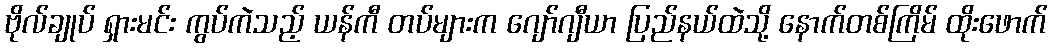
ဗိုလ်ချုပ် ရှားမင်း ကွပ်ကဲသည့် ယန်ကီ တပ်များက ဂျော်ဂျီယာ ပြည်နယ်ထဲသို့ နောက်တစ်ကြိမ် ထိုးဖောက်